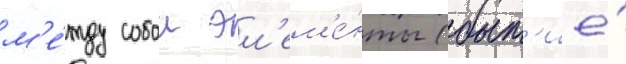
м'е́жду собои эл'ем'е́нты (быт'ие́